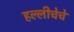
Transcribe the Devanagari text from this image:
हल्लीचेचे